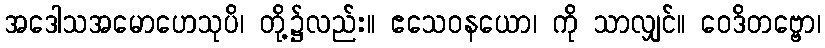
အဒေါသအမောဟေသုပိ၊ တို့၌လည်း။ ဧသေဝနယော၊ ကို သာလျှင်။ ဝေဒိတဗ္ဗော၊